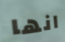
انها